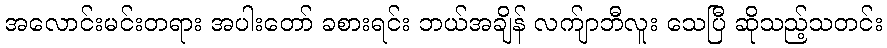
အလောင်းမင်းတရား အပါးတော် ခစားရင်း ဘယ်အချိန် လက်ျာဘီလူး သေပြီ ဆိုသည့်သတင်း